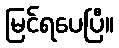
မြင်ရပေပြီ။